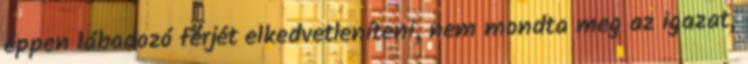
éppen lábadozó férjét elkedvetleníteni, nem mondta meg az igazat,